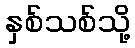
နှစ်သစ်သို့